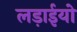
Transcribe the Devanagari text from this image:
लड़ाईयो